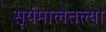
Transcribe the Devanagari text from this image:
सूर्यमालेतल्या